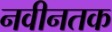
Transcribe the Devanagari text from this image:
नवीनतक